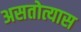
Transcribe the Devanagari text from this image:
असतोत्यास